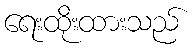
ရေးထိုးထားသည်